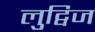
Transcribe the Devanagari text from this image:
लुट्विज